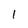
Character: l